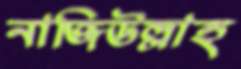
নাজিউল্লাহ